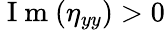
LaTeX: \mathrm{~I~m~}(\eta_{yy})>0